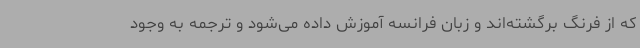
که از فرنگ برگشته‌اند و زبان فرانسه آموزش داده می‌شود و ترجمه به وجود